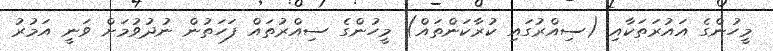
މީހުންގެ އައުރަތަކާއި (ސިއްރުގައި ކުރާކަންތައް) މީހުންގެ ސިއްރުތައް ފަހަތުން ނުދުވުމަށް ވަނީ އަމުރު